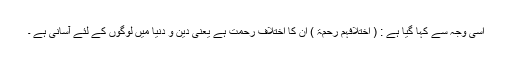
اسی وجہ سے کہا گیا ہے : ( اختلافہم رحمۃ ) ان کا اختلاف رحمت ہے یعنی دین و دنیا میں لوگوں کے لئے آسانی ہے ۔